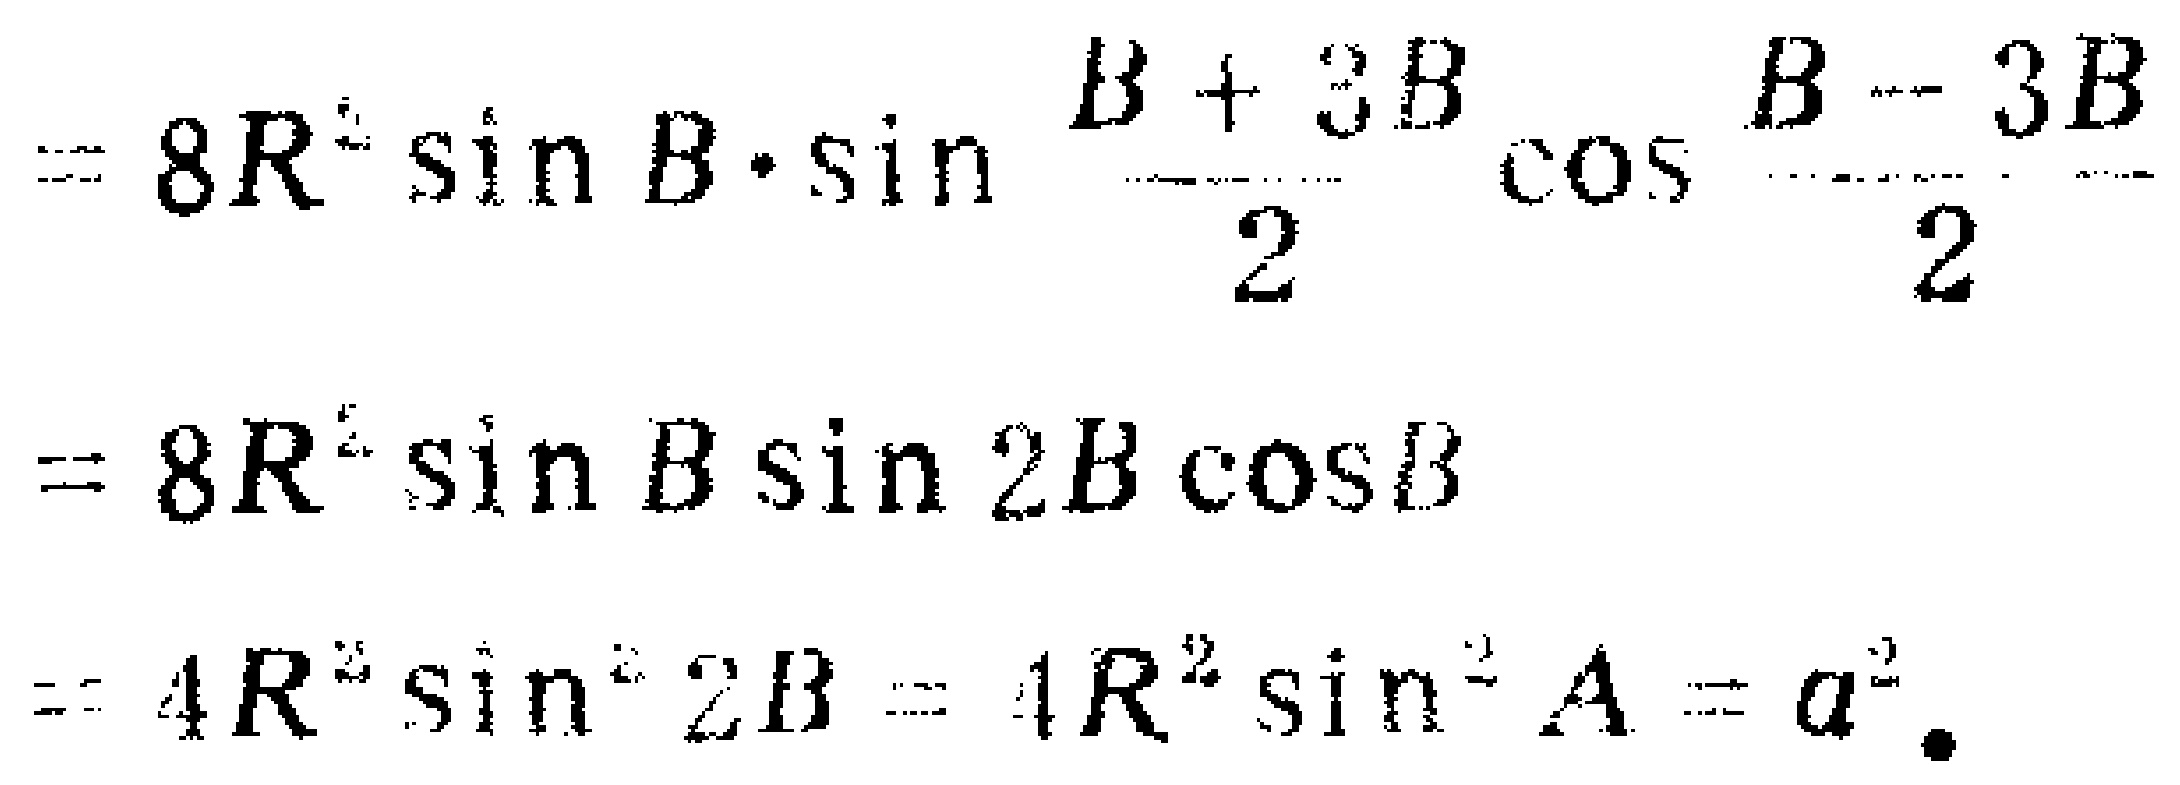
\[
\begin{align*}
&= 8R^{2}\sin B\cdot\sin\frac{B + 3B}{2}\cos\frac{B - 3B}{2}\\
&= 8R^{2}\sin B\sin 2B\cos B\\
&= 4R^{2}\sin^{2}2B = 4R^{2}\sin^{2}A=a^{2}.
\end{align*}
\]